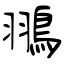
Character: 翵